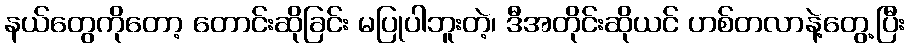
နယ်တွေကိုတော့ တောင်းဆိုခြင်း မပြုပါဘူးတဲ့၊ ဒီအတိုင်းဆိုယင် ဟစ်တလာနဲ့တွေ့ပြီး